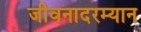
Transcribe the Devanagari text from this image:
जीवनादरम्यान